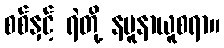
စစ်နှင့် ရဲတို့ နမူနာယူစရာ။